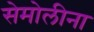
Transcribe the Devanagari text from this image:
सेमोलीना